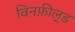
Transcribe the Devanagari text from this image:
विनफ़ील्‌ड